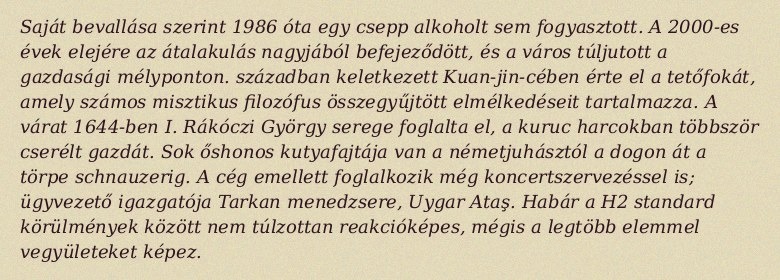
Saját bevallása szerint 1986 óta egy csepp alkoholt sem fogyasztott. A 2000-es évek elejére az átalakulás nagyjából befejeződött, és a város túljutott a gazdasági mélyponton. században keletkezett Kuan-jin-cében érte el a tetőfokát, amely számos misztikus filozófus összegyűjtött elmélkedéseit tartalmazza. A várat 1644-ben I. Rákóczi György serege foglalta el, a kuruc harcokban többször cserélt gazdát. Sok őshonos kutyafajtája van a németjuhásztól a dogon át a törpe schnauzerig. A cég emellett foglalkozik még koncertszervezéssel is; ügyvezető igazgatója Tarkan menedzsere, Uygar Ataş. Habár a H2 standard körülmények között nem túlzottan reakcióképes, mégis a legtöbb elemmel vegyületeket képez.